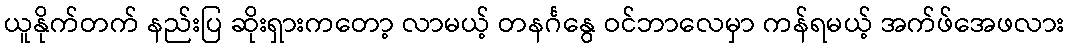
ယူနိုက်တက် နည်းပြ ဆိုးရှားကတော့ လာမယ့် တနင်္ဂနွေ ဝင်ဘာလေမှာ ကန်ရမယ့် အက်ဖ်အေဖလား